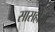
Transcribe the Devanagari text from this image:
सासहीमी